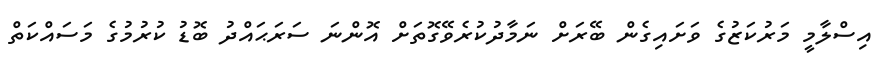
އިސްލާމީ މަރުކަޒުގެ ވަށައިގެން ބޭރަށް ނަމާދުކުރެވޭގޮތަށް އޮންނަ ސަރަޙައްދު ބޮޑު ކުރުމުގެ މަސައްކަތް